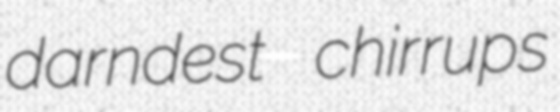
darndest chirrups